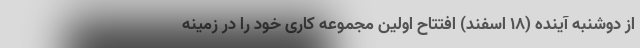
از دوشنبه آینده (۱۸ اسفند) افتتاح اولین مجموعه کاری خود را در زمینه